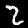
Label: 2